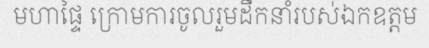
មហាផ្ទៃ ក្រោមការចូលរួមដឹកនាំរបស់ឯកឧត្តម